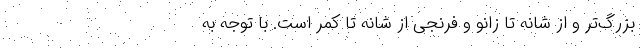
بزرگ‌تر و از شانه تا زانو و فرنجی از شانه تا کمر است. با توجه به